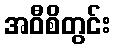
အဝီစိတွင်း